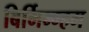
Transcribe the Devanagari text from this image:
बिर्मिन्ग्हम